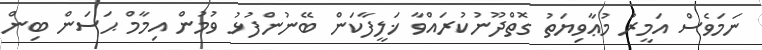
ނަމަވެސް އަމީރު މުޢާވިޔަތު ގޮތްދޫނުކުރައްވާ ޚަލީފާކަން ބޭނުންފުޅު ވުމުން އިމާމް ޙަސަން ބިން